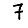
Digit: 7